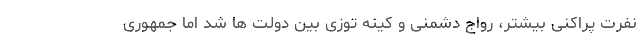
نفرت پراکنی بیشتر، رواج دشمنی و کینه توزی بین دولت ها شد اما جمهوری